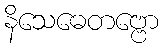
နိသေဓေတဗ္ဗော